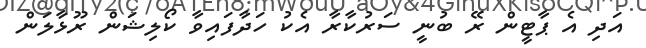
އަދި އެ ޕާޓީން ރޭ ބުނީ ސަރުކާރާ އެކު ހަދާފައިވާ ކޯލިޝަން ރޫޅާލަން